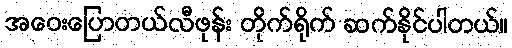
အဝေးပြောတယ်လီဖုန်း တိုက်ရိုက် ဆက်နိုင်ပါတယ်။